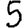
Digit: 5